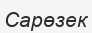
Сарөзек